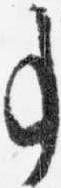
事